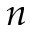
n